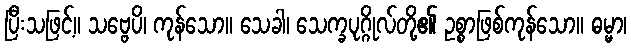
ပြီးသဖြင့်။ သဗ္ဗေပိ၊ ကုန်သော။ သေခါ၊ သေက္ခပုဂ္ဂိုလ်တို့၏ ဥစ္စာဖြစ်ကုန်သော။ ဓမ္မာ၊